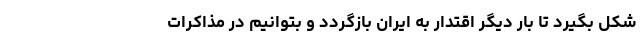
شکل بگیرد تا بار دیگر اقتدار به ایران بازگردد و بتوانیم در مذاکرات